Kaarli_(Someru)_vallavalitsus, lk 5
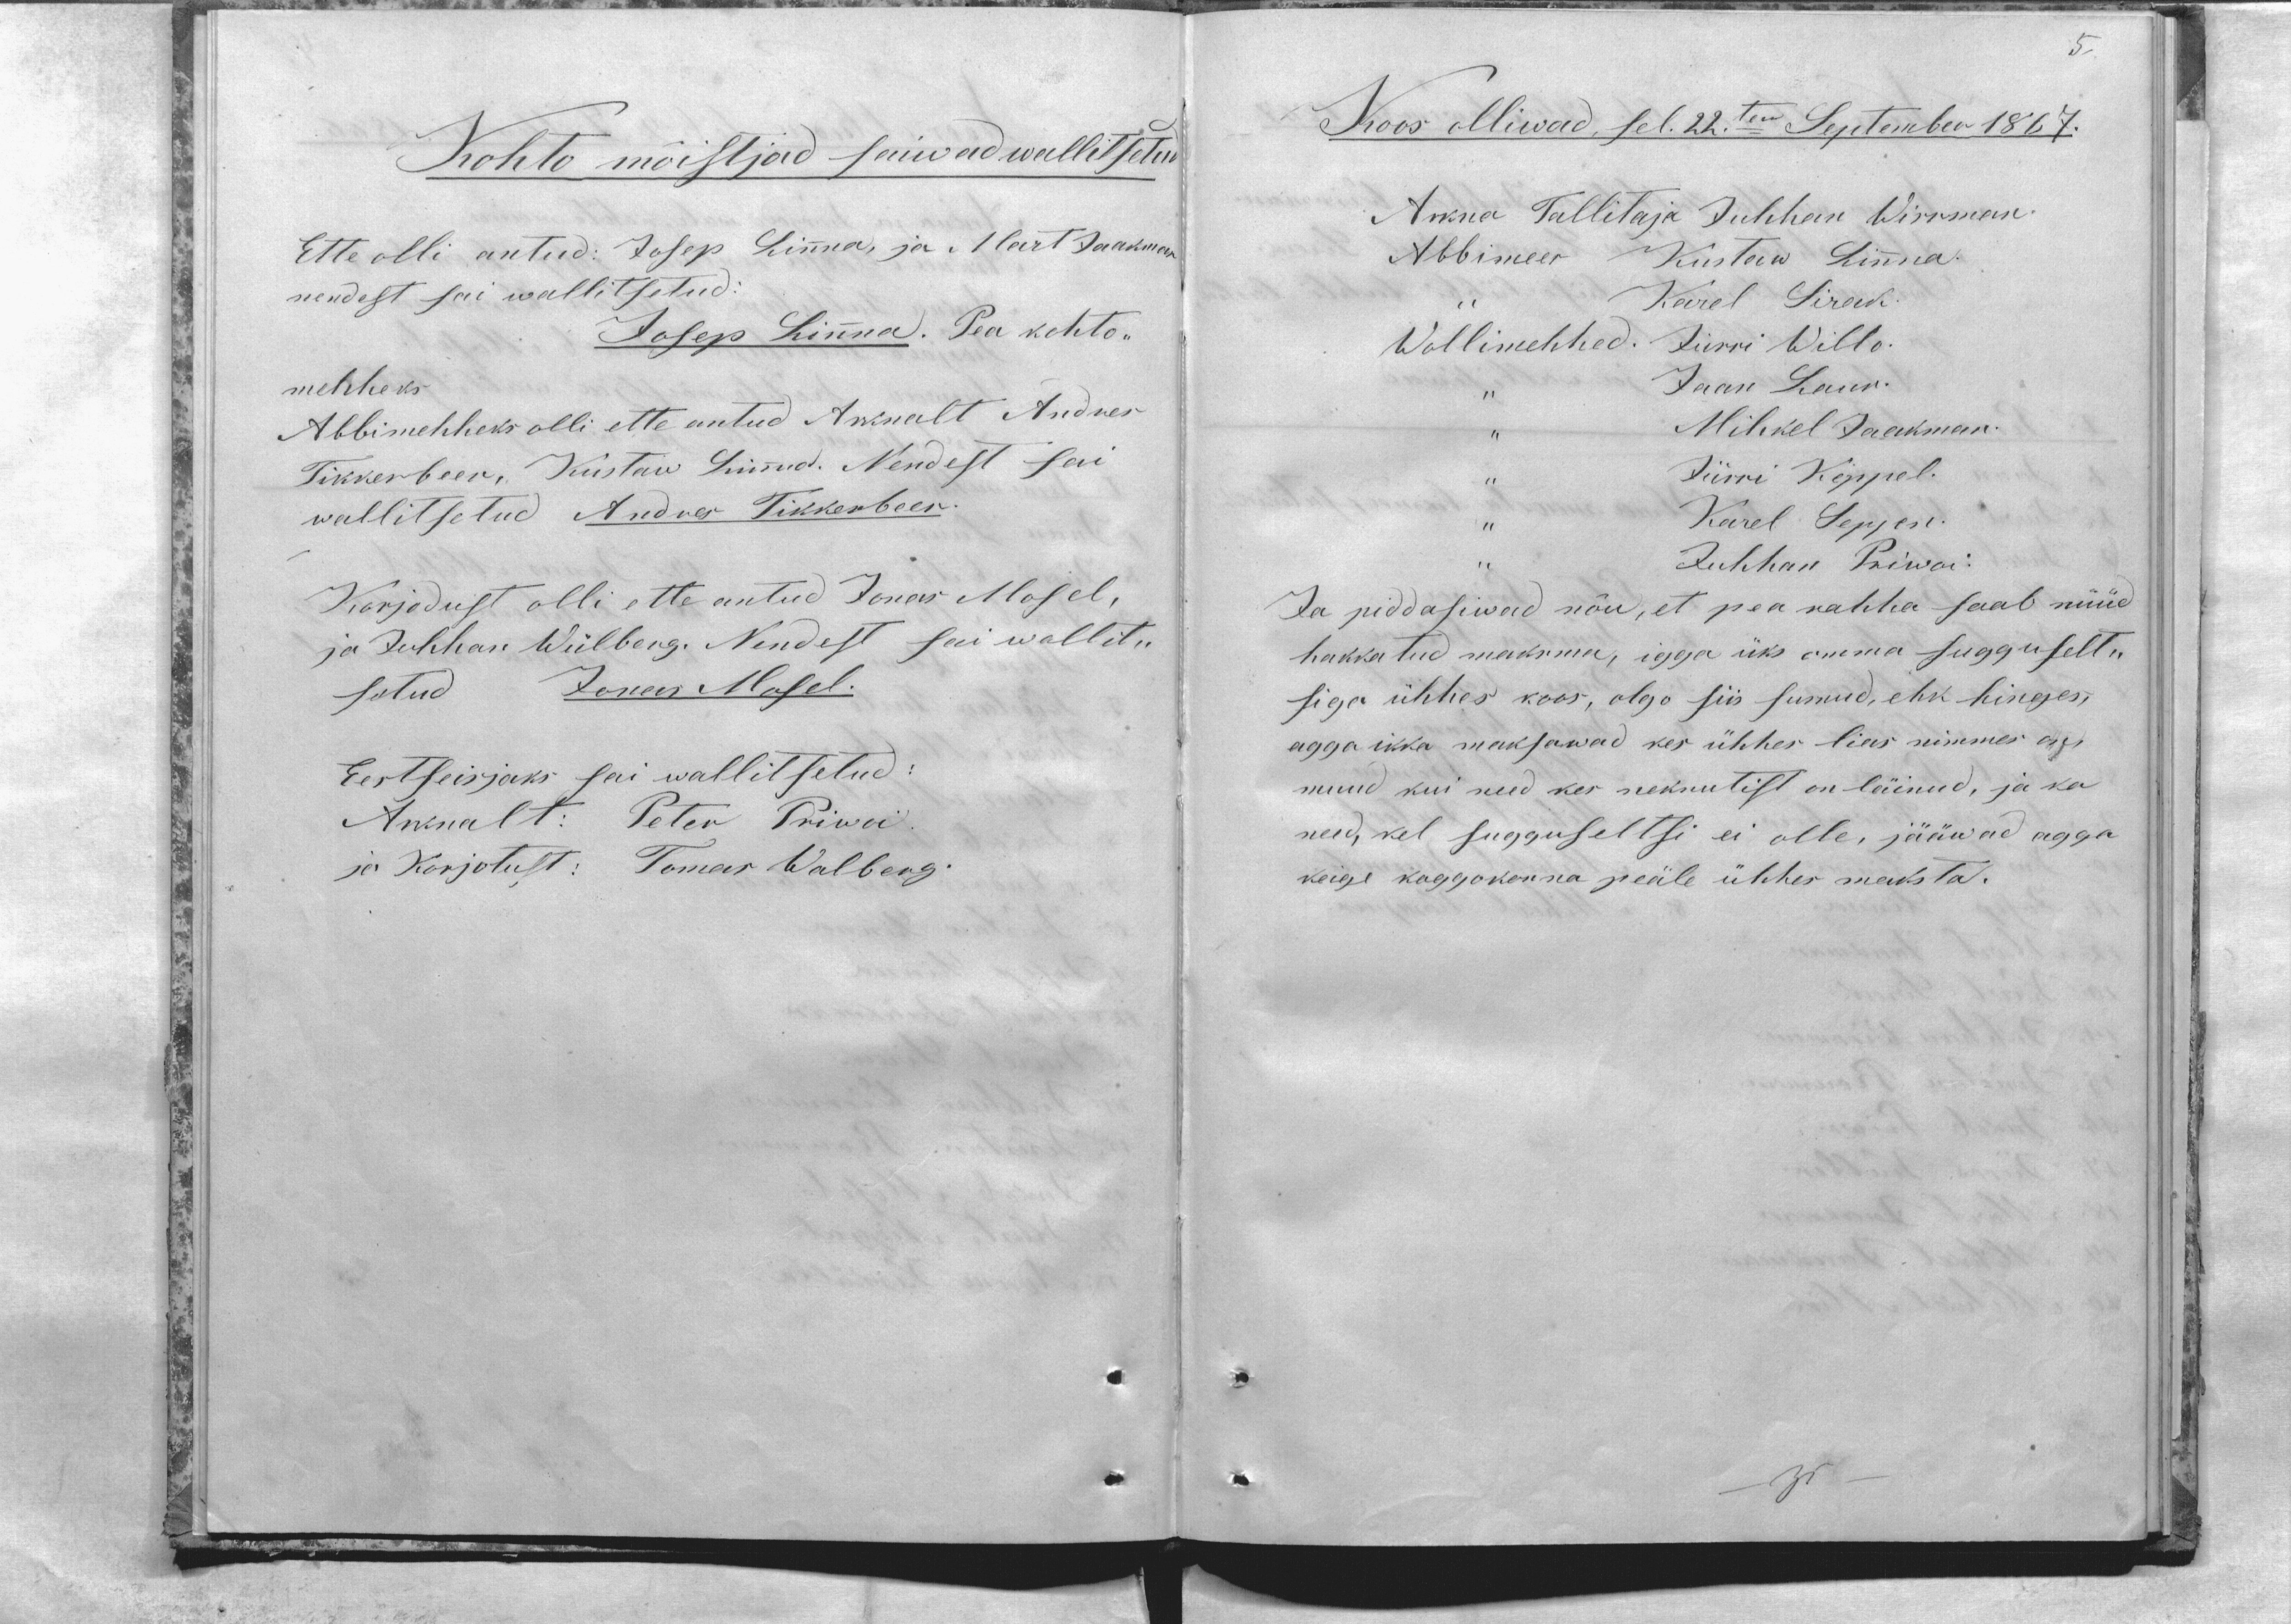
Kohto mõistjad saiwad wallitsetud
Ette olli antud: Josep Linna, ja Mart Jaakman
nendest sai wallitsetud:
Josep Linna. Pea kohto-
mehheks
Abbimehheks olli ette antud Arknalt Andres
Tikkerbeer, Kustaw Linna. Nendest sai
wallitsetud Andres Tikkerbeer.
Korjodust olli ette antud Jonas Mosel,
ja Juhhan Wiilberg. Nendest sai wallit-
setud Jonas Mosel.
Eestseisjaks sai wallitsetud:
Arknalt: Peter Priwoi.
ja Korjotust: Tomas Walberg.

5
Koos olliwad, sel. 22. ten Septembr 1867.
Arkna Tallitaja Juhhan Wirrman.
Abbimees Kustaw Linna.
,, Karel Sirak
Wollimehhed: Jürri Willo.
,, Jaan Laur.
,, Mihkel Jaakman.
,, Jürri Keppel.
,, Karel Seppen
,, Juhhan Priwoi
Ja piddasiwad nõu, et pea rahha saab nüüd
hakkatud maksma, igga üks omma sugguselt-
siga ühhes koos, olgo siis surnud, ehk hinges,
agga ikka maksawad kes ühhes lias nimmes on
muud kui need kes nekrutist on läinud, ja ka
need, kel sugguseltsi ei olle, jääwad agga
keige koggokonna peäle ühhes maksta.